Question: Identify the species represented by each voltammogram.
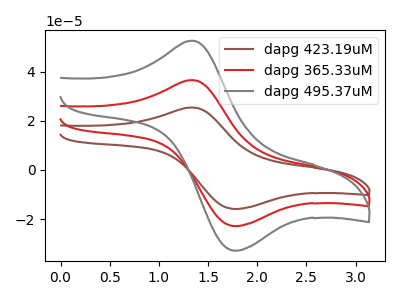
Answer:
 <answer>The brown curve is labeled "dapg 423.19uM". The red curve is labeled "dapg 365.33uM". The gray curve is labeled "dapg 495.37uM".</answer>
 <eval></eval>